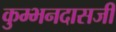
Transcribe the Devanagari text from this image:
कुम्भनदासजी